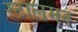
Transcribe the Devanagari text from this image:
स्टालमन